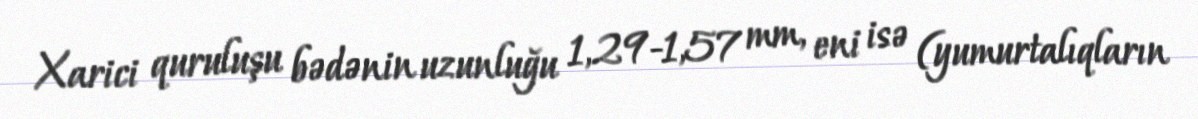
Xarici quruluşu bədənin uzunluğu 1,29-1,57 mm, eni isə (yumurtalıqların